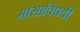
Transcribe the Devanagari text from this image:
मांसाविषयी